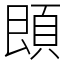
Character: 䫀